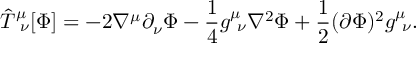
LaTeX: { \hat { T } } _ { \ \nu } ^ { \mu } [ \Phi ] = - 2 \nabla ^ { \mu } \partial _ { \nu } \Phi - { \frac { 1 } { 4 } } g _ { \ \nu } ^ { \mu } \nabla ^ { 2 } \Phi + { \frac { 1 } { 2 } } ( \partial \Phi ) ^ { 2 } g _ { \ \nu } ^ { \mu } .